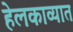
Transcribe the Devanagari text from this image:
हेलकाव्यात